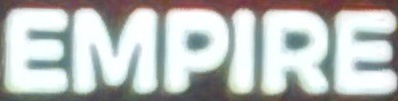
EMPIRE